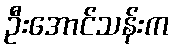
ဦးအောင်သန်းက